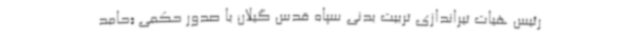
رئیس هیات تیراندازی تربیت بدنی سپاه قدس گیلان با صدور حکمی «حامد